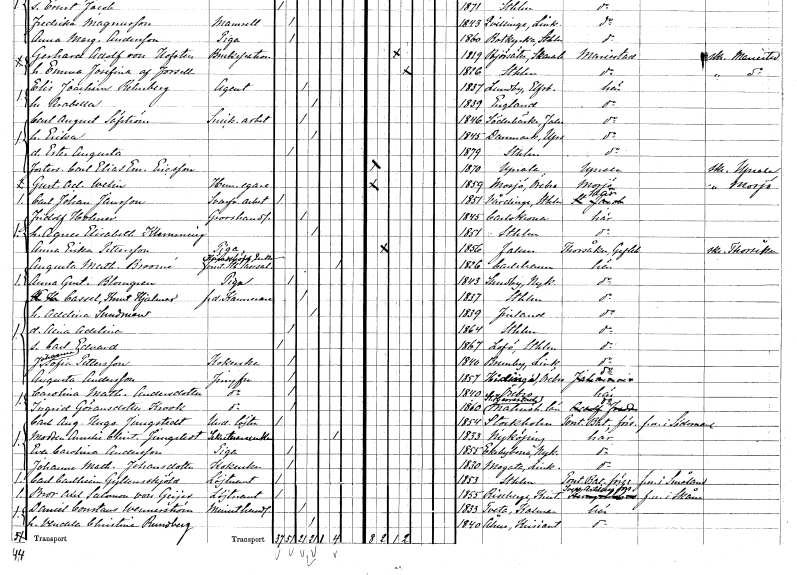
gt_parse: households: individuals: FN: Gustaf Adolf
EN: Welin
YRKE: Hemmansägare
KON: M
CIV: O
FODAR: 1859
FODFORS: Mosjö Örebro län
FN: Carl Johan
EN: Jansson
YRKE: Svarveriarbetare
KON: M
CIV: O
FODAR: 1851
FODFORS: Vårdinge Stockholms län
FN: Fridolf
EN: Holmer
YRKE: Grosshandlare
KON: M
CIV: G
FODAR: 1845
FODFORS: Karlskrona Blekinge län
FN: Agnes Elisabeth
EN: Klemming
KON: K
CIV: G
FODAR: 1851
FODFORS: Stockholm
FN: Anna Erika
EN: Pettersson
YRKE: Piga
KON: K
CIV: O
FODAR: 1856
FODFORS: Falun Kopparbergs län
FN: Augusta Mathilda
EN: Broomé
YRKE: Häradshövdingeänka Förestånderska för Stockholms läsesal
KON: K
CIV: E
FODAR: 1826
FODFORS: Karlshamn Blekinge län
FN: Anna Gustafva
EN: Blomgren
YRKE: Piga
KON: K
CIV: O
FODAR: 1843
FODFORS: Sundby Södermanlands län
FN: Knut Hjalmar
EN: Cassel
YRKE: Kamrerare f.d.
KON: M
CIV: G
FODAR: 1837
FODFORS: Stockholm
FN: Adelina
EN: Sundman
KON: K
CIV: G
FODAR: 1839
FN: Aina Adelina
KON: K
CIV: O
FODAR: 1864
FODFORS: Stockholm
FN: Carl Edvard
KON: M
CIV: O
FODAR: 1867
FODFORS: Lovö Stockholms län
FN: Johanna Sofia
EN: Pettersson
YRKE: Kokerska
KON: K
CIV: O
FODAR: 1840
FODFORS: Brunneby Östergötlands län
FN: Augusta
EN: Andersson
YRKE: Jungfru
KON: K
CIV: O
FODAR: 1857
FODFORS: Hidinge Örebro län
FN: Carolina Mathilda
EN: Andersdotter
YRKE: Jungfru
KON: K
CIV: O
FODAR: 1840
FODFORS: Örebro Örebro län
FN: Ingrid
EN: Göransdotter Krook
YRKE: Jungfru
KON: K
CIV: O
FODAR: 1860
FODFORS: Stora Herrestad Malmöhus län
FN: Carl August Hugo
EN: Jungstedt
YRKE: Underlöjtnant
KON: M
CIV: O
FODAR: 1854
FODFORS: Stockholm
FN: Amelie Christina
EN: Jungstedt
YRKE: Sekreterareänka
KON: K
CIV: E
FODAR: 1833
FODFORS: Nyköping Södermanlands län
FN: Eva Carolina
EN: Andersson
YRKE: Piga
KON: K
CIV: O
FODAR: 1855
FODFORS: Ekebyborna Östergötlands län
FN: Johanna Mathilda
EN: Johansdotter
YRKE: Kokerska
KON: K
CIV: O
FODAR: 1830
FODFORS: Mogata Östergötlands län
FN: Carl
EN: Carlheim Gyllenskjöld
YRKE: Löjtnant
KON: M
CIV: O
FODAR: 1853
FODFORS: Stockholm
FN: Bror Axel Salomon
EN: von Geijer
YRKE: Löjtnant
KON: M
CIV: O
FODAR: 1855
FODFORS: Riseberga Kristianstads län
FN: Daniel Constans
EN: Wennerström
YRKE: Minuthandlare
KON: M
CIV: G
FODAR: 1833
FODFORS: Tveta Kalmar län
FN: Vendela Christina
EN: Rundberg
KON: K
CIV: G
FODAR: 1840
FODFORS: Åhus Kristianstads län